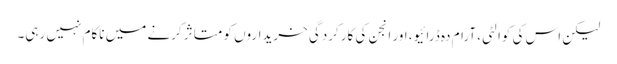
لیکن اس کی کوالٹی، آرام دہ ڈرائیو، اور انجن کی کارکردگی خریداروں کو متاثر کرنے میں ناکام نہیں رہی۔